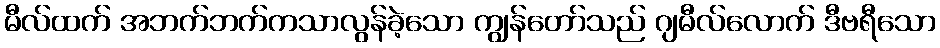
မီလ်ထက် အဘက်ဘက်ကသာလွန်ခဲ့သော ကျွန်တော်သည် ဂျမီလ်လောက် ဒီဗရီသော